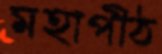
মহাপীঠ